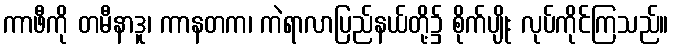
ကာဖီကို တမီနာဒူ၊ ကာနတက၊ ကဲရာလာပြည်နယ်တို့၌ စိုက်ပျိုး လုပ်ကိုင်ကြသည်။